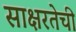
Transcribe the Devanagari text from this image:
साक्षरतेची